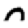
Digit: 0